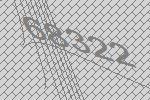
68322